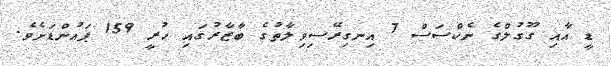
ޑީ އާއި ގޫގުލްގެ ނެކްސަސް 7 އިނގިރޭސިވިލާތުގެ ބާޒާރުގައި ހުރީ 159 ޕައުންޑަށެވެ.